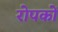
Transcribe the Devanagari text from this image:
रोपकों